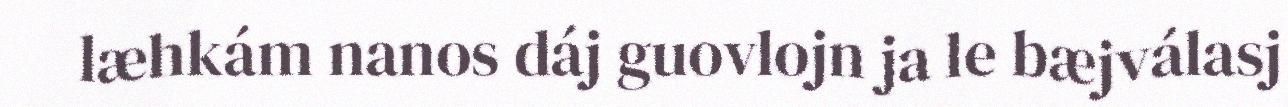
læhkám nanos dáj guovlojn ja le bæjválasj